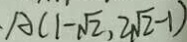
A ( 1 - \sqrt { 2 } , 2 \sqrt { 2 } - 1 )